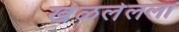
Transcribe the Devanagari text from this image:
खेळलेलला